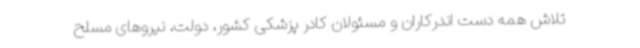
تلاش همه دست اندرکاران و مسئولان کادر پزشکی کشور، دولت، نیروهای مسلح